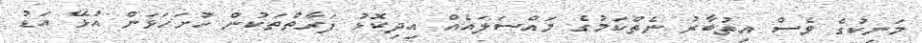
މަނިކުގެ ވެސް އިތުބާރު ނެތްކަމުގެ މައްސަލައެއް އިދިކޮޅު ފަރާތްތަކުން ހުށަހަޅަން އުޅޭ އަޑު